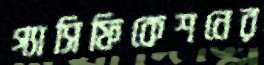
গ্যাসিফিকেশনের